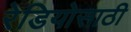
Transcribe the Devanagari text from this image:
रेडियोसाठी